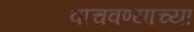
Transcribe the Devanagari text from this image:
वाचवण्याच्या